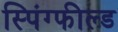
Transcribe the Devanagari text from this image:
स्पिंग्फील्ड